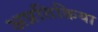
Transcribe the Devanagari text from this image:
अप्रतिक्रिया